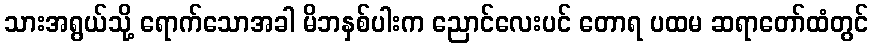
သားအရွယ်သို့ ရောက်သောအခါ မိဘနှစ်ပါးက ညောင်လေးပင် တောရ ပထမ ဆရာတော်ထံတွင်